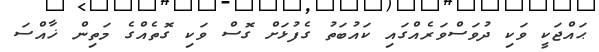
ޙައްޖަކީ ވަކި ދުވަސްވަރެއްގައި ކައުބަތު ގެފުޅަށް ގޮސް ވަކި ގޮތެއްގެ މަތިން ޚާއްސަ